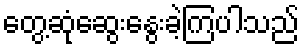
တွေ့ဆုံဆွေးနွေးခဲ့ကြပါသည်